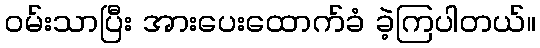
ဝမ်းသာပြီး အားပေးထောက်ခံ ခဲ့ကြပါတယ်။